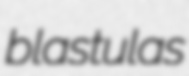
blastulas